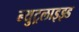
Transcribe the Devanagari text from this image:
न्युट्रलाइझ्ड